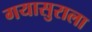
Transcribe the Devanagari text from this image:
गयासुराला